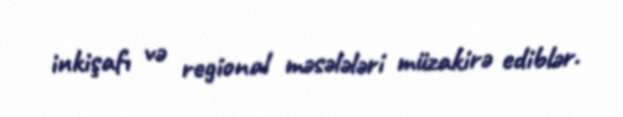
inkişafı və regional məsələləri müzakirə ediblər.